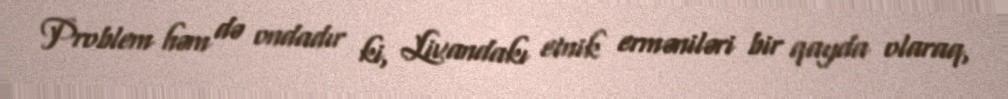
Problem həm də ondadır ki, Livandakı etnik erməniləri bir qayda olaraq,